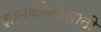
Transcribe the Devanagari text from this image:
ज्ञानकोशासाठी